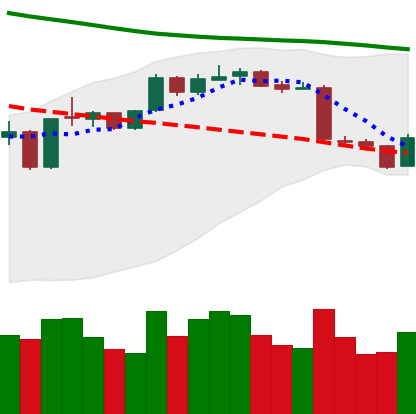
Ticker: ETH-USD
Chart end date: 2019-01-14
Forward return: -3.525%
Label: down_3_5